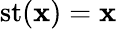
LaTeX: \operatorname{st}(\mathbf{x})=\mathbf{x}